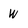
Character: W